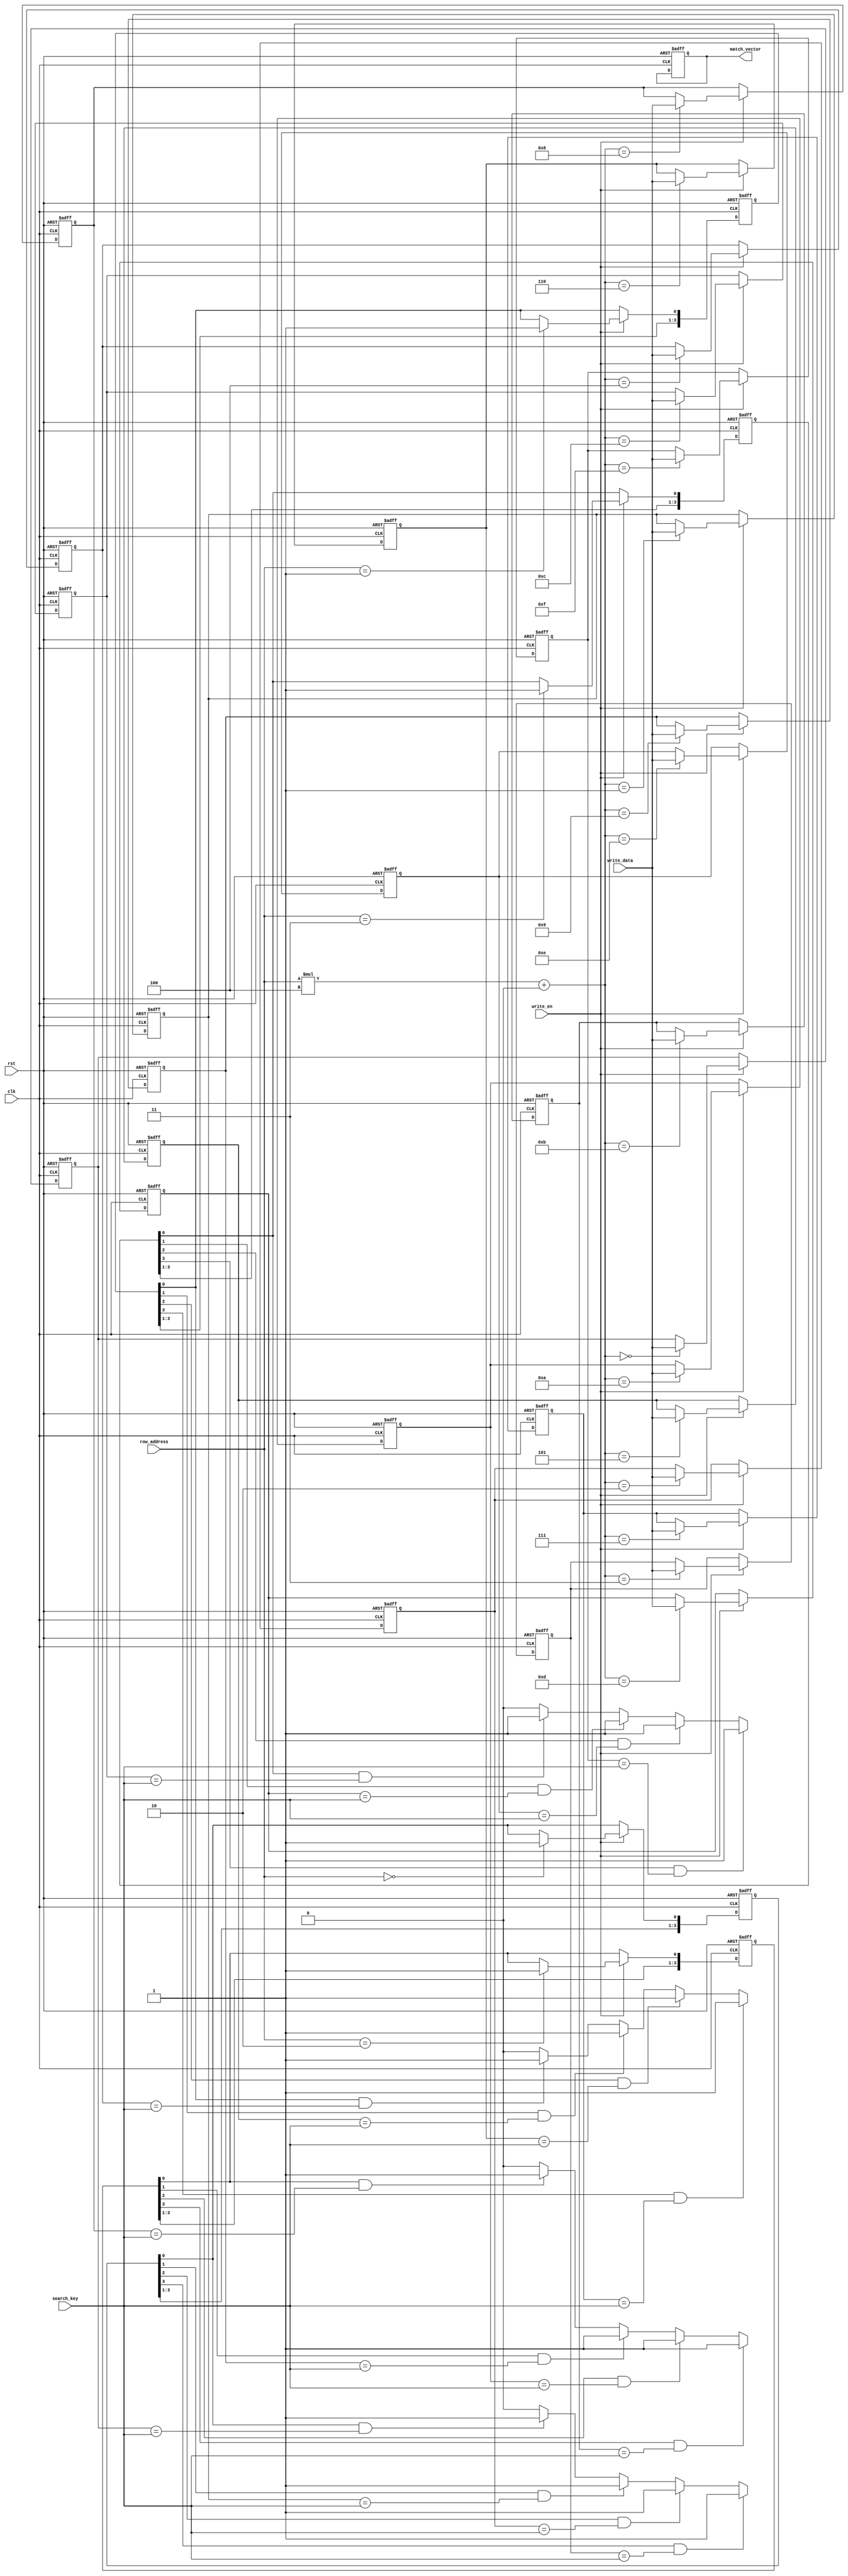
module row_based_cam #(
    parameter DATA_WIDTH = 8,   // Width of each data entry
    parameter ENTRY_COUNT = 4,   // Number of entries in each row
    parameter ROW_COUNT = 4       // Number of rows in the CAM
)(
    input  wire clk,                           // Clock signal
    input  wire rst,                           // Reset signal
    input  wire [DATA_WIDTH-1:0] search_key,  // Input data for search
    input  wire write_en,                      // Write enable signal
    input  wire [DATA_WIDTH-1:0] write_data,  // Data to write
    input  wire [$clog2(ROW_COUNT)-1:0] row_address, // Row address for write
    output reg [ROW_COUNT-1:0] match_vector    // Match output vector
);

    // Memory array
    reg [DATA_WIDTH-1:0] cam_memory[0:ROW_COUNT-1][0:ENTRY_COUNT-1];
    reg [ENTRY_COUNT-1:0] valid_mask[0:ROW_COUNT-1]; // Validity flags for each entry

    integer i, j;

    // Reset and initialization
    always @(posedge clk or posedge rst) begin
        if (rst) begin
            // Clear CAM memory and validity masks
            for (i = 0; i < ROW_COUNT; i = i + 1) begin
                for (j = 0; j < ENTRY_COUNT; j = j + 1) begin
                    cam_memory[i][j] <= {DATA_WIDTH{1'b0}};
                    valid_mask[i][j] <= 1'b0; // Set all entries to invalid
                end
            end
            match_vector <= {ROW_COUNT{1'b0}}; // Clear match vector
        end else begin
            // Writing logic
            if (write_en) begin
                cam_memory[row_address][0] <= write_data; // Writing to the first entry for simplicity
                valid_mask[row_address][0] <= 1'b1; // Mark entry as valid
            end
        end
    end

    // Search logic
    always @(*) begin
        match_vector = {ROW_COUNT{1'b0}}; // Initialize match vector
        for (i = 0; i < ROW_COUNT; i = i + 1) begin
            for (j = 0; j < ENTRY_COUNT; j = j + 1) begin
                if (valid_mask[i][j] && (cam_memory[i][j] == search_key)) begin
                    match_vector[i] = 1'b1; // Set match for the row
                end
            end
        end
    end

endmodule